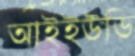
আইইউডি